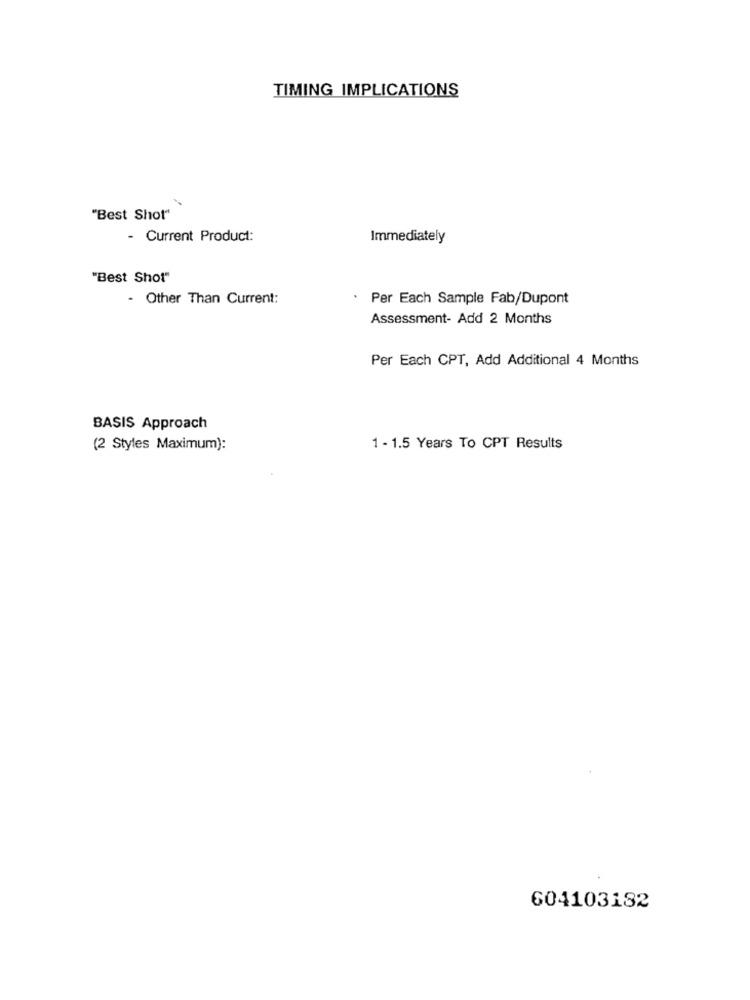
TIMING IMPLICATIONS
"Best Shot"
- Current Product:
Immediately
"Best Shot"
- Other Than Current:
. Per Each Sample Fab/Dupont
Assessment- Add 2 Months
Per Each CPT, Add Additional 4 Months
BASIS Approach
(2 Styles Maximum):
1 - 1.5 Years To CPT Results
604103182